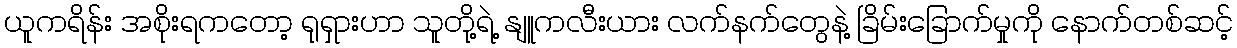
ယူကရိန်း အစိုးရကတော့ ရုရှားဟာ သူတို့ရဲ့ နျူကလီးယား လက်နက်တွေနဲ့ ခြိမ်းခြောက်မှုကို နောက်တစ်ဆင့်